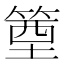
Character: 𥯑